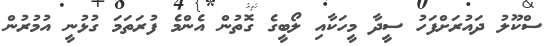
ސްކޫލު ދައުރަށްފަހު ސީދާ މީހަކާއި ލޯބީގެ ގޮތުން އެންމެ ފުރަތަމަ ގުޅުނީ އުމުރުން